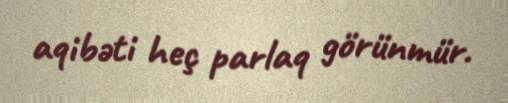
aqibəti heç parlaq görünmür.